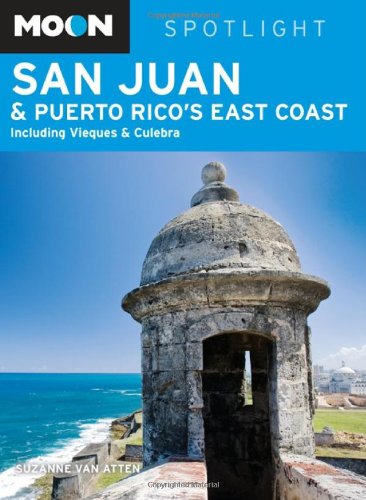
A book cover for Moon Spotlight San Juan & Puerto Rico's East Coast: Including Vieques & Culebra; Suzanne Van Atten; Travel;